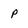
Character: p